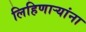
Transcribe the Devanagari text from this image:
लिहिणार्‍यांना